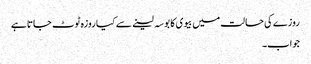
روزے کی حالت میں بیوی کا بوسہ لینے سے کیا روزہ ٹوٹ جاتا ہے
جواب۔